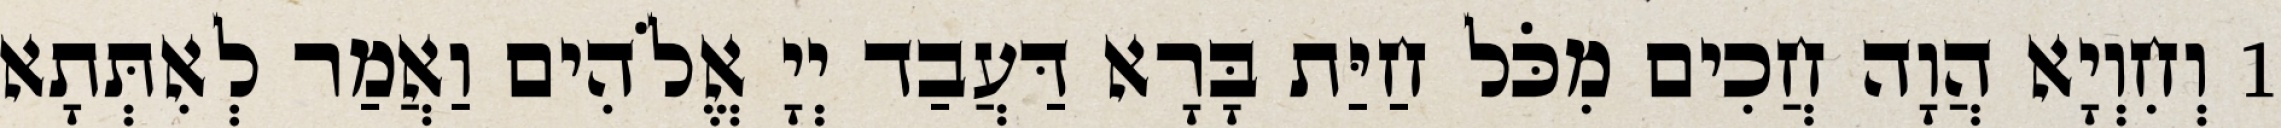
1 וְחִוְיָא הֲוָה חֲכִים מִכֹּל חַיַּת בָּרָא דַּעֲבַד יְיָ אֱלֹהִים וַאֲמַר לְאִתְּתָא